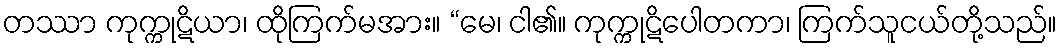
တဿာ ကုက္ကုဋိယာ၊ ထိုကြက်မအား။ “မေ၊ ငါ၏။ ကုက္ကုဋိပေါတကာ၊ ကြက်သူငယ်တို့သည်။